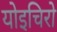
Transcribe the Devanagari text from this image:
योइचिरो